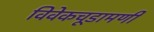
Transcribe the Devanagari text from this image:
विवेकचूडामणी